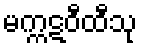
မက္ကဋဝီထီသု